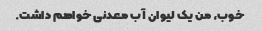
خوب، من یک لیوان آب معدنی خواهم داشت.